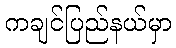
ကချင်ပြည်နယ်မှာ